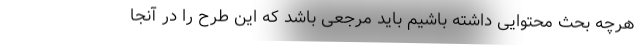
هرچه بحث محتوایی داشته باشیم باید مرجعی باشد که این طرح را در آنجا